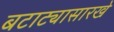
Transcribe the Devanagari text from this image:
बटाट्यासारखे